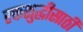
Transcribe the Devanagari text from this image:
रक्तशुद्धीसाठी